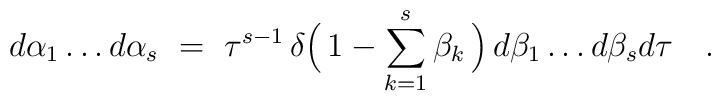
d\alpha_{1}\ldots d\alpha_{s}\ =\ \tau^{s-1}\,\delta\Bigl(\,1-\sum_{k=1}^{s}\beta_{k}\,\Bigr)\,d\beta_{1}\ldots d\beta_{s}d\tau\quad.